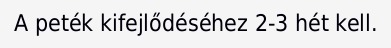
A peték kifejlődéséhez 2-3 hét kell.